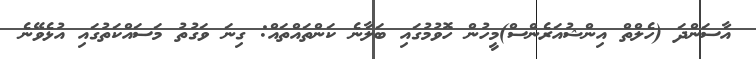
އާސަންދަ (ހެލްތް އިންޝުއަރެންސް)މީހުން ހޮވުމުގައި ބަލާނެ ކަންތައްތައް: ގިނަ ވަގުތު މަސައްކަތުގައި އުޅެވޭނެ